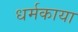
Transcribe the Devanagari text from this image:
धर्मकाया